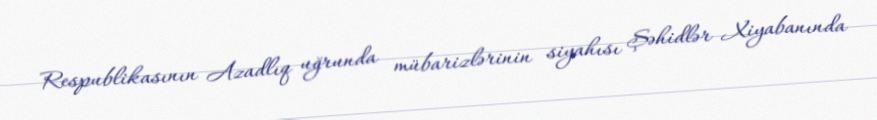
Respublikasının Azadlıq uğrunda mübarizlərinin siyahısı Şəhidlər Xiyabanında